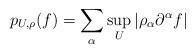
LaTeX: \begin{align*} p_{U,\rho}(f) = \sum_\alpha \sup_{U}\vert\rho_\alpha\partial^\alpha f\vert\end{align*}